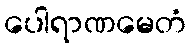
ပေါရာဏမေတံ